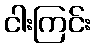
ငါးကြင်း